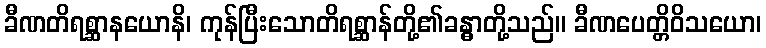
ခီဏတိရစ္ဆာနယောနိ၊ ကုန်ပြီးသောတိရစ္ဆာန်တို့၏ခန္ဓာတို့သည်။ ခီဏပေတ္တိဝိသယော၊